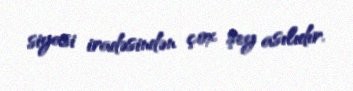
siyasi iradəsindən çox şey asılıdır.